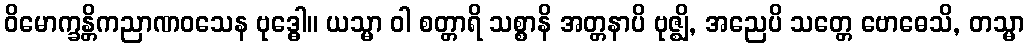
ဝိမောက္ခန္တိကညာဏဝသေန ဗုဒ္ဓေါ။ ယသ္မာ ဝါ စတ္တာရိ သစ္စာနိ အတ္တနာပိ ဗုဇ္ဈိ, အညေပိ သတ္တေ ဗောဓေသိ, တသ္မာ